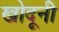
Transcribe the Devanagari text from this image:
खोदूनी